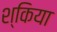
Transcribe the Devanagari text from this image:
श्किया